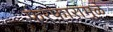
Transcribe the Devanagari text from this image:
फेरफारांमुळे